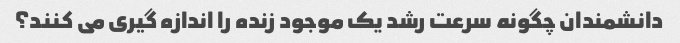
دانشمندان چگونه سرعت رشد یک موجود زنده را اندازه گیری می کنند؟